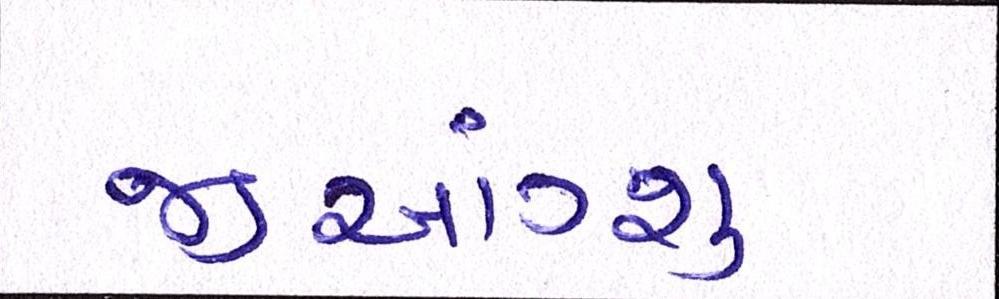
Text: જીઆંગ્શુ